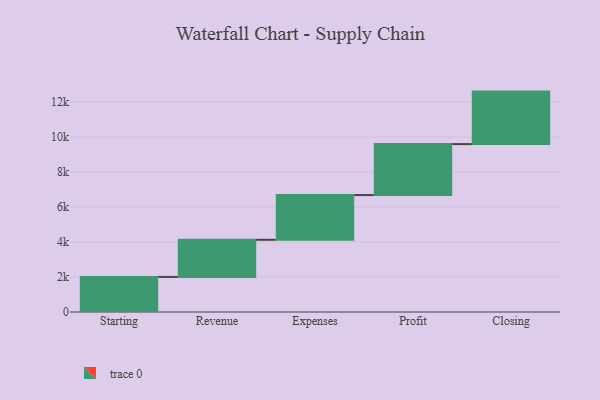
{"axis": {"x": "Step", "y": "Value"}, "legend": [""], "data": [{"x": "Starting", "y": 2006.0, "type": ""}, {"x": "Revenue", "y": 2122.0, "type": ""}, {"x": "Expenses", "y": 2555.0, "type": ""}, {"x": "Profit", "y": 2914.0, "type": ""}, {"x": "Closing", "y": 3000, "type": ""}]}